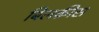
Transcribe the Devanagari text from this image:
बिलक़ीस